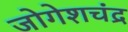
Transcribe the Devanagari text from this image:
जोगेशचंद्र